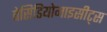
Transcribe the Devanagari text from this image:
बेसिडियोमाइसीट्स